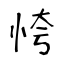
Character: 恗